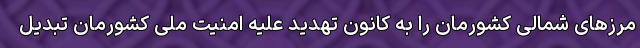
مرزهای شمالی کشورمان را به کانون تهدید علیه امنیت ملی کشورمان تبدیل